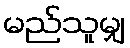
မည်သူမျှ